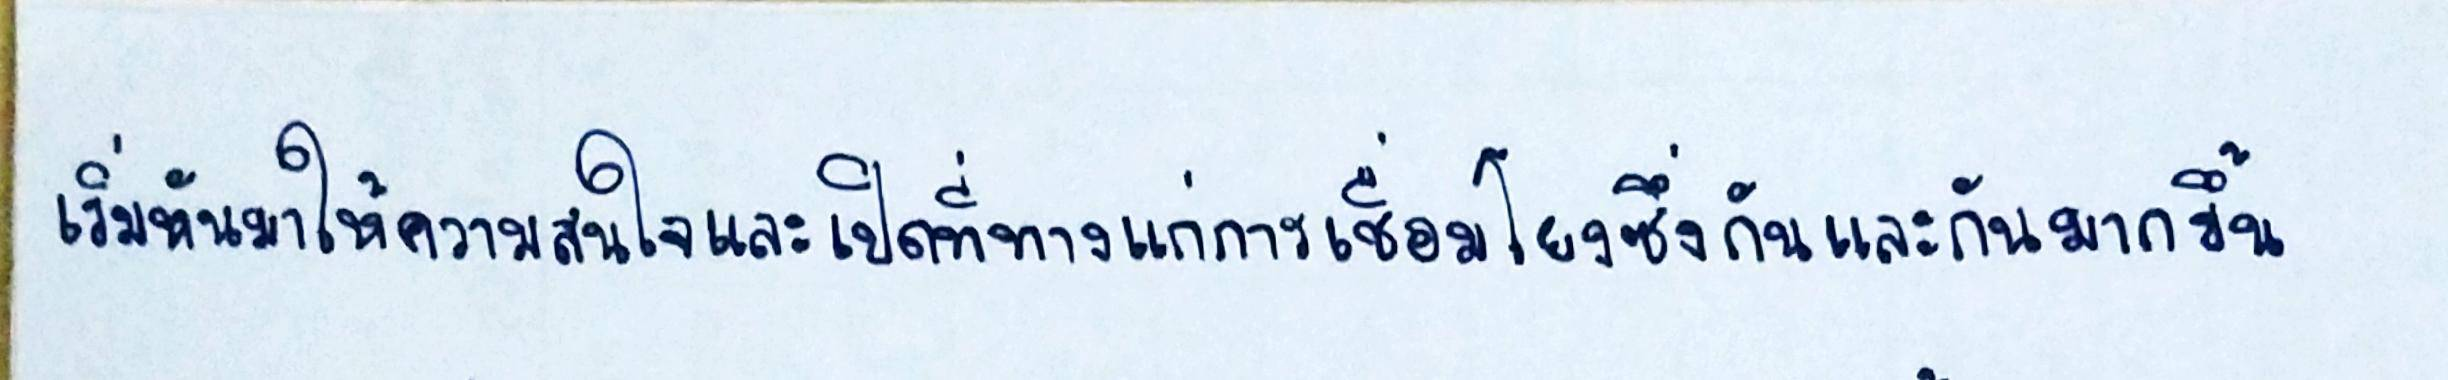
เริ่มหันมาให้ความสนใจและเปิดที่ทางแก่การเชื่อมโยงซึ่งกันและกันมากขึ้น